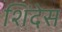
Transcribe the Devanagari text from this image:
शिंदेस